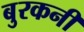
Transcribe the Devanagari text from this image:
बुरकनी